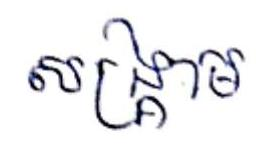
សង្គ្រាម